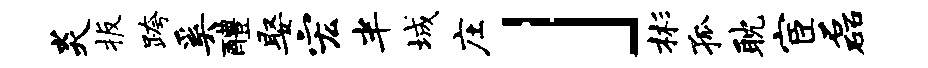
炎扳跨奚醴娶宏半城庄」彬孤耽宦磊